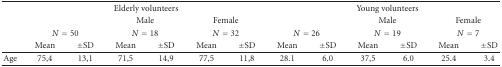
<table><thead><tr><td>[EMPTY_CELL]</td><td colspan="6"><b>Elderly volunteers</b></td><td colspan="6"><b>Young volunteers</b></td></tr><tr><td>[EMPTY_CELL]</td><td>[EMPTY_CELL]</td><td>[EMPTY_CELL]</td><td colspan="2"><b>Male</b></td><td colspan="2"><b>Female</b></td><td>[EMPTY_CELL]</td><td>[EMPTY_CELL]</td><td colspan="2"><b>Male</b></td><td colspan="2"><b>Female</b></td></tr><tr><td>[EMPTY_CELL]</td><td colspan="2"><b><i>N</i> = 50</b></td><td colspan="2"><b><i>N</i> = 18</b></td><td colspan="2"><b><i>N</i> = 32</b></td><td colspan="2"><b><i>N</i> = 26</b></td><td colspan="2"><b><i>N</i> = 19</b></td><td colspan="2"><b><i>N</i> = 7</b></td></tr><tr><td>[EMPTY_CELL]</td><td><b>Mean</b></td><td><b>±SD</b></td><td><b>Mean</b></td><td><b>±SD</b></td><td><b>Mean</b></td><td><b>±SD</b></td><td><b>Mean</b></td><td><b>±SD</b></td><td><b>Mean</b></td><td><b>±SD</b></td><td><b>Mean</b></td><td><b>±SD</b></td></tr></thead><tbody><tr><td>Age</td><td>75,4</td><td>13,1</td><td>71,5</td><td>14,9</td><td>77,5</td><td>11,8</td><td>28.1</td><td>6.0</td><td>37,5</td><td>6.0</td><td>25.4</td><td>3.4</td></tr></tbody></table>